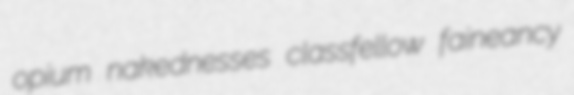
opium nakednesses classfellow faineancy